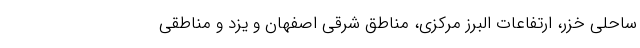
ساحلی خزر، ارتفاعات البرز مرکزی، مناطق شرقی اصفهان و یزد و مناطقی